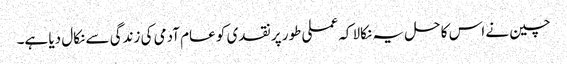
چین نے اس کا حل یہ نکالا کہ عملی طور پر نقدی کو عام آدمی کی زندگی سے نکال دیا ہے۔